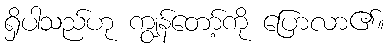
ရှိပါသည်ဟု ကျွန်တော့်ကို ပြောလာ၏။